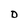
Character: D